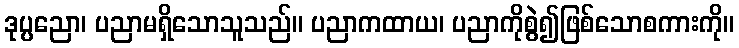
ဒုပ္ပညော၊ ပညာမရှိသောသူသည်။ ပညာကထာယ၊ ပညာကိုစွဲ၍ဖြစ်သောစကားကို။